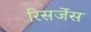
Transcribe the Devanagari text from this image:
रिसर्जेस